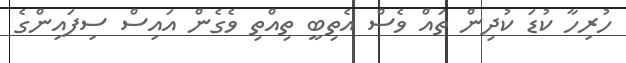
ހުރިހާ ކުޑަ ކުދިން ތައް ވެސް އެތިބީ ތިއްތި ވެގެން އައިސް ސިފައިންގެ